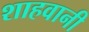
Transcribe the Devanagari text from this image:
शाहवानी